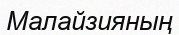
Малайзияның